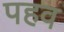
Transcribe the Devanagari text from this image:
पहव